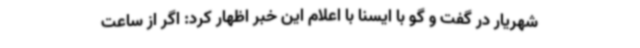
شهریار در گفت و گو با ایسنا با اعلام این خبر اظهار کرد: اگر از ساعت